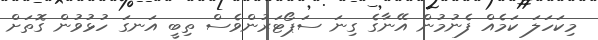
މިކަހަލަ ކަމެއް ފެނުމުން އޭނާގެ ގިނަ ސަޕޯޓަރުންވެސް ތިބީ އަނގަ ހުޅުވުން ގޮތަށް